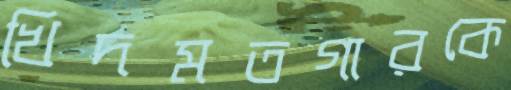
খিদমতগারকে